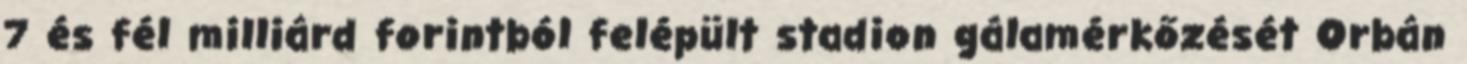
7 és fél milliárd forintból felépült stadion gálamérkőzését Orbán